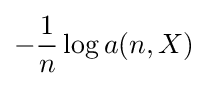
-{\frac {1}{n}}\log a(n,X)